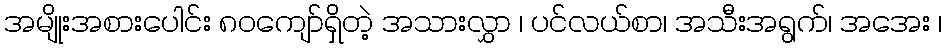
အမျိုးအစားပေါင်း ၈၀ကျော်ရှိတဲ့ အသားလွှာ ၊ ပင်လယ်စာ၊ အသီးအရွက်၊ အအေး ၊